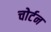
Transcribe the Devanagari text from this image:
चोर्टन